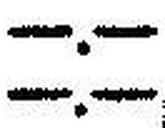
—.—